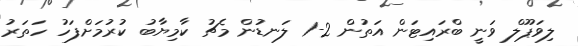
ލިވަޕޫލް ވަނީ ބްރައިޓަން އަތުން 2-1 ލަނޑުން މެޗު ކާމިޔާބު ކުރުމަށްފަހު ހަތަރު